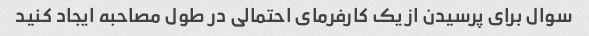
سوال برای پرسیدن از یک کارفرمای احتمالی در طول مصاحبه ایجاد کنید